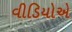
વીડિયોએ